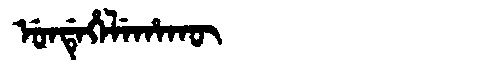
Manchu: ᡠᠨᡩᡝᡥᡝᠯᡝᡥᠠᡴᡡ
Romanization: UNDEHELEHAKŪ